Civil Veterinary Department Bengal reports 1923-33 - 1923-1933
Year: 1923
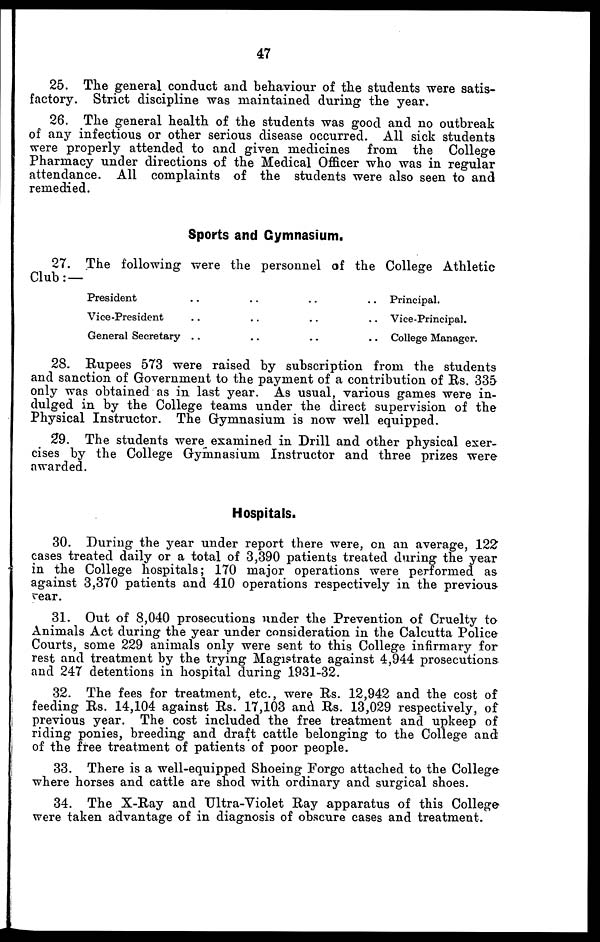
47
25. The general conduct and behaviour of the students were satis-
factory. Strict discipline was maintained during the year.
26. The general health of the students was good and no outbreak
of any infectious or other serious disease occurred. All sick students
were properly attended to and given medicines from the College
Pharmacy under directions of the Medical Officer who was in regular
attendance. All complaints of the students were also seen to and
remedied.
Sports and Gymnasium.
27. The following were the personnel of the College Athletic
Club:—
President .. .. .. ..
Vice-President .. .. .. ..
General Secretary .. .. .. ..
Principal.
Vice-Principal.
College Manager.
28. Rupees 573 were raised by subscription from the students
and sanction of Government to the payment of a contribution of Rs. 335
only was obtained as in last year. As usual, various games were in-
dulged in by the College teams under the direct supervision of the
Physical Instructor. The Gymnasium is now well equipped.
29. The students were examined in Drill and other physical exer-
cises by the College Gymnasium Instructor and three prizes were
awarded.
Hospitals.
30. During the year under report there were, on an average, 122
cases treated daily or a total of 3,390 patients treated during the year
in the College hospitals; 170 major operations were performed as
against 3,370 patients and 410 operations respectively in the previous
year.
31. Out of 8,040 prosecutions under the Prevention of Cruelty to
Animals Act during the year under consideration in the Calcutta Police
Courts, some 229 animals only were sent to this College infirmary for
rest and treatment by the trying Magistrate against 4,944 prosecutions
and 247 detentions in hospital during 1931-32.
32. The fees for treatment, etc., were Rs. 12,942 and the cost of
feeding Rs. 14,104 against Rs. 17,103 and Rs. 13,029 respectively, of
previous year. The cost included the free treatment and upkeep of
riding ponies, breeding and draft cattle belonging to the College and
of the free treatment of patients of poor people.
33. There is a well-equipped Shoeing Forgo attached to the College
where horses and cattle are shod with ordinary and surgical shoes.
34. The X-Ray and Ultra-Violet Ray apparatus of this College
were taken advantage of in diagnosis of obscure cases and treatment.